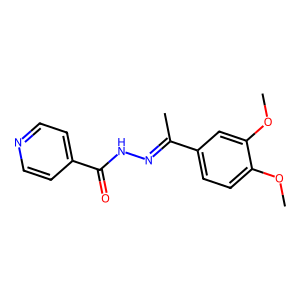
SMILES: COc1ccc(C(C)=NNC(=O)c2ccncc2)cc1OC
Inhibits HIV replication: No